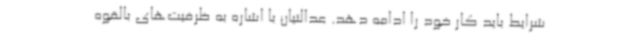
شرایط باید کار خود را ادامه دهد. عدالتیان با اشاره به ظرفیت‌های بالقوه